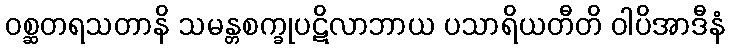
ဝစ္ဆတရသတာနိ သမန္တစက္ခုပဋိလာဘာယ ပသာရိယတီတိ ဝါပိအာဒီနံ